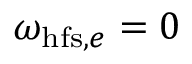
\omega _ { \mathrm { h f s } , e } = 0